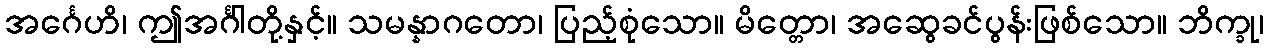
အင်္ဂေဟိ၊ ဤအင်္ဂါတို့နှင့်။ သမန္နာဂတော၊ ပြည့်စုံသော။ မိတ္တော၊ အဆွေခင်ပွန်းဖြစ်သော။ ဘိက္ခု၊